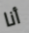
أنا